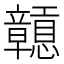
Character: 𥫒